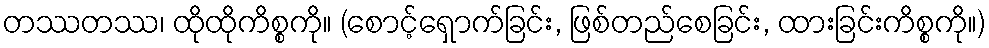
တဿတဿ၊ ထိုထိုကိစ္စကို။ (စောင့်ရှောက်ခြင်း, ဖြစ်တည်စေခြင်း, ထားခြင်းကိစ္စကို။)